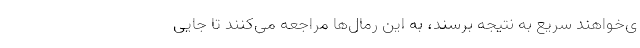
ی‌خواهند سریع به نتیجه برسند، به این رمال‌ها مراجعه می‌کنند تا جایی